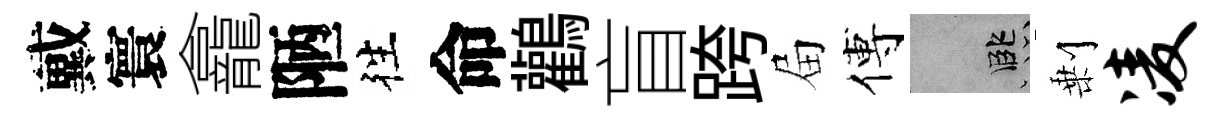
戴寰龕陋徃命鸛盲跨屇傅孟剰凌